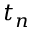
t _ { n }